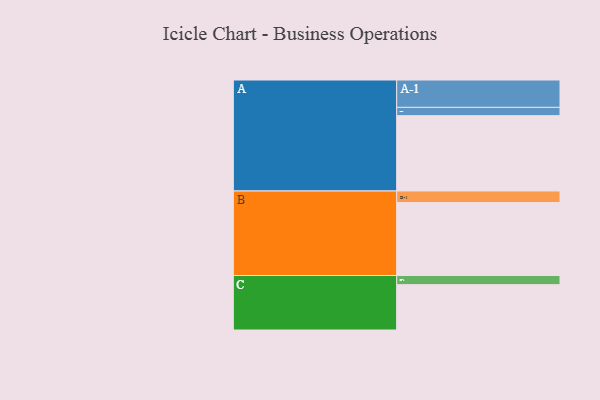
{"axis": {"x": "Segment", "y": "Value"}, "legend": ["", "A", "B", "C"], "data": [{"x": "A", "y": 600, "type": ""}, {"x": "B", "y": 581, "type": ""}, {"x": "C", "y": 361, "type": ""}, {"x": "A-1", "y": 218, "type": "A"}, {"x": "A-2", "y": 66, "type": "A"}, {"x": "B-1", "y": 92, "type": "B"}, {"x": "C-1", "y": 73, "type": "C"}]}